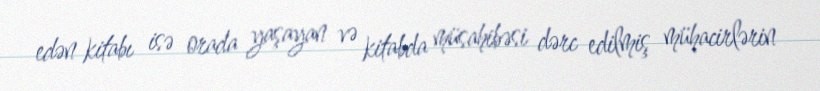
edən kitabı isə orada yaşayan və kitabda müsahibəsi dərc edilmiş mühacirlərin